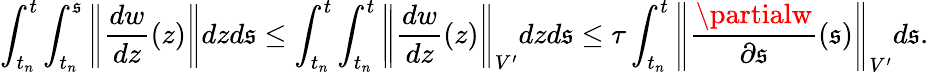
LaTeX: \int_{t_{n}}^{t}\int_{t_{n}}^{\mathfrak{s}}\left\| \frac{{dw}}{{dz}}(z)\right\| dzd\mathfrak{s}\leq\int_{t_{n}}^{t}\int_{t_{n}}^{t}\left\| \frac{{dw}}{{dz}}(z)\right\| _{V^{\prime}}dzd\mathfrak{s}\leq\tau\int_{t_{n}}^{t}\left\| \frac{{\partialw}}{{\partial\mathfrak{s}}}(\mathfrak{s})\right\| _{V^{\prime}}d\mathfrak{s}.